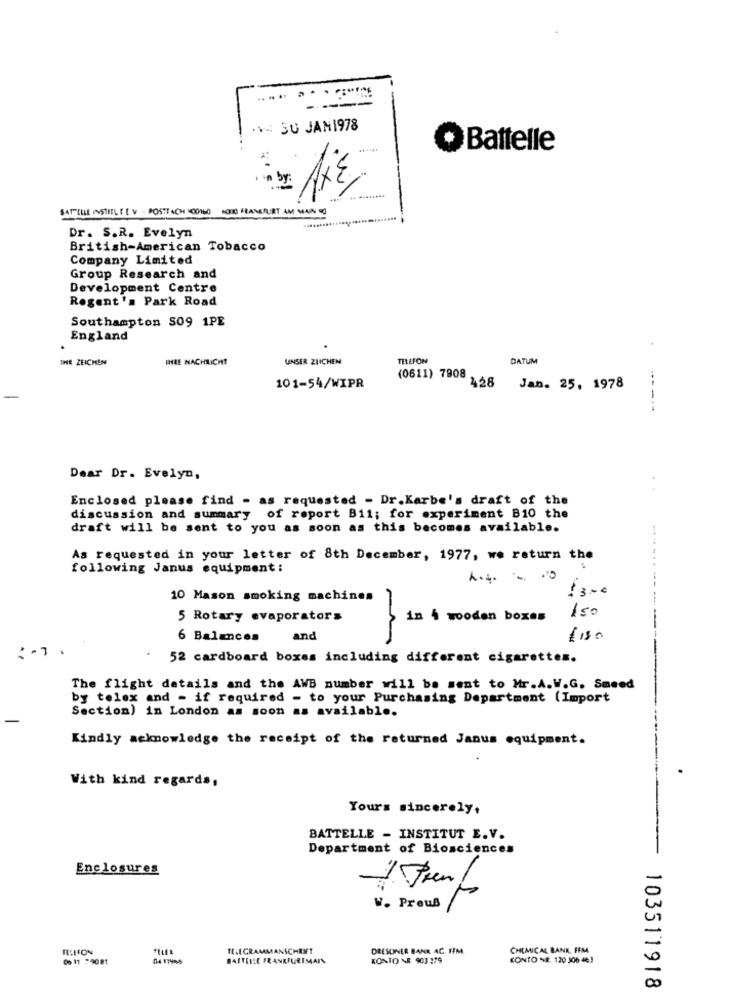
V: SU JAN1978
Battelle
by:
BATTLE INSTITUTE V - POSTFACH ODINOMOTO FRANKFURT AM MAIN
Dr. S.R. Evelyn
British-American Tobacco
Company Limited
Group Research and
Development Centre
Regent's Park Road
Southampton S09 1PE
England
.
IHR ZEICHEN
IHRE NACHRICHT
UNSER ZEICHEN
TELEFON
DATUM
(0611) 7908
101-54/WIPR
428
Jan. 25, 1978
------
Dear Dr. Evelyn,
Enclosed please find - as requested - Dr.Karbe's draft of the
discussion and summary of report B11; for experiment B10 the
draft will be sent to you as soon as this becomes available.
As requested in your letter of 8th December, 1977, we return the
following Janus equipment :
13-0
10 Mason smoking machines
150
5 Rotary evaporators
in 4 wooden boxes
6 Balances
and
m
$ 150
.
52 cardboard boxes including different cigarettes.
The flight details and the AWB number will be sent to Mr.A.W.G. Smeed
by telex and - if required - to your Purchasing Department (Import
Section) in London as soon as available.
Kindly acknowledge the receipt of the returned Janus equipment.
With kind regards,
Yours sincerely,
BATTELLE - INSTITUT E.V.
Department of Biosciences
Enclosures
W. Preuß
TELLION
TELEGRAMMANSCHRIFT
DRESDNER BANK AC. FM
CHEMICAL BANK. FFM
0% 11 79081
BAUTEILE FRANKFURTMAIN
KONTO NR 903 279
KONTO NR. 120 306 463
0
00
103511918